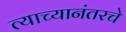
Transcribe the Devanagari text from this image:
त्याच्यानंतरचे